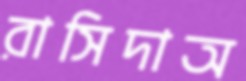
রাসিদাঅ